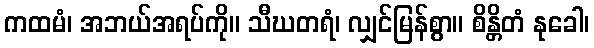
ကထမံ၊ အဘယ်အရပ်ကို။ သီဃတရံ၊ လျှင်မြန်စွာ။ စိန္တိတံ နုခေါ၊